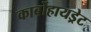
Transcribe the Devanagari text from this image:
कार्बोहायड्रेट